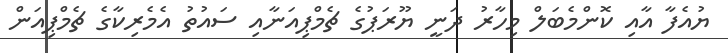
ޔުއެފާ އާއި ކޮންމެބަލް މިހާރު ދަނީ ޔޫރަޕުގެ ޗެމްޕިއަނާއި ސައުތު އެމެރިކާގެ ޗެމްޕިއަން